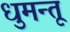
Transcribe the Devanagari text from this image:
धुमन्तू